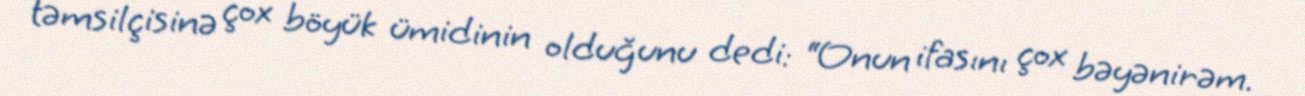
təmsilçisinə çox böyük ümidinin olduğunu dedi: “Onun ifasını çox bəyənirəm.